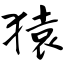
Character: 猿